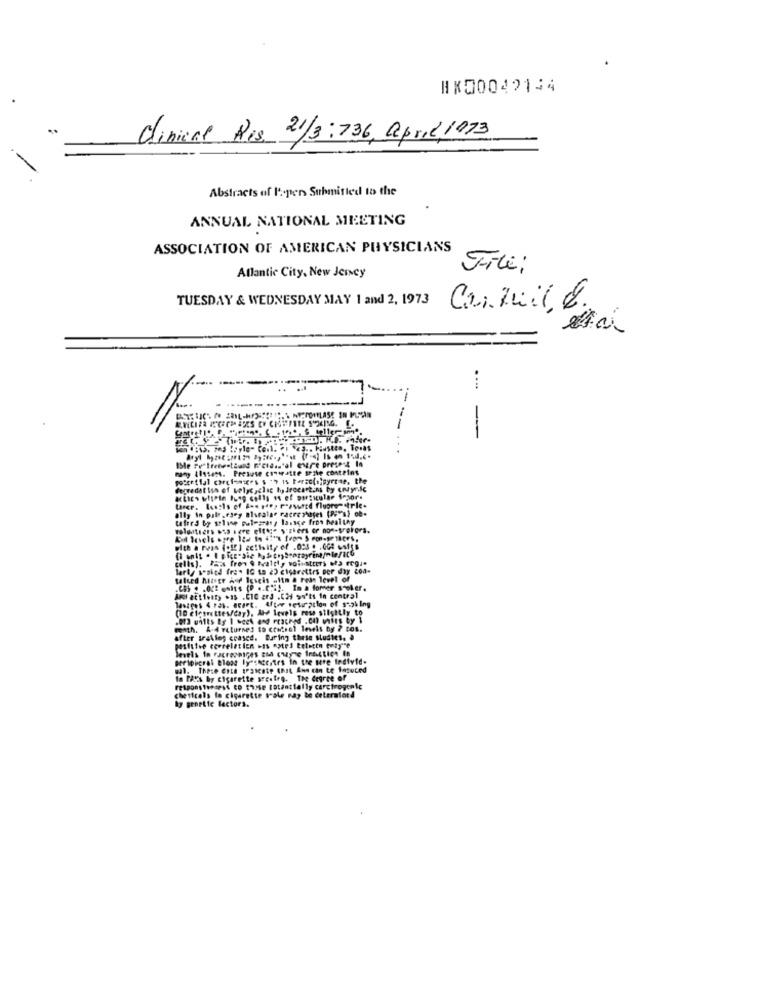
#X00042144
Clinical Ris 21/3:736, april,1973
Abstracts of l'open Submitted to the
ANNUAL NATIONAL MEETING
ASSOCIATION OF AMERICAN PHYSICIANS
File:
Atlantic City, New Jcicy
TUESDAY & WEDNESDAY MAY 1 and 2, 1973
....
---
-
on 1:45. 205 tryle- Coil. en ca .. Haasten, Tomat
many (Issess. Presuse contratte srate contains
ally in pale ,esoy aluratar racreshares (25"s) ob-
(fred by solase pulegrasy lassce fros healthy
volontiers oss here elfoge s'ziers er non-trekors,
with a rvis (otr) activity of jocs o . oce watts
cells). PEis free 9 Fairly woinstrers ofa reg ..
lart sosind fre* IG ta 23 cigarettes per day con-
talked Mitsgr Af Igseis altn & rean level of
.Chi . . Of2 units (P ....!. In a former soler.
Axi att1easy .as .CIC ard .Chi wa'ts In central
lasiges 4 ras. acart. After setuption of s-ph ling
(10 cfcsrettes/day), Ale levels rewe slightly to
.03 units By 1 week and reached .C4) wils by 1
math. A.4 returned to crochet levels by ? cos.
after trailog ceased. During these studies. à
postitie correlatien oss antes tetettn tuagire
peripheral Bloss ly"sheestes in the mere fedtvid-
In Pat's by cigarette seentro. The degree of
responstepsPsd to chose totantially carctrogonle
chestcols la cigarette srale ray te deteralot!
hy groette factors.